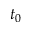
t _ { 0 }